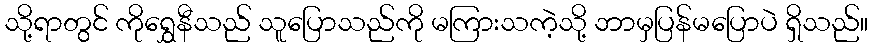
သို့ရာတွင် ကိုရွှေနီသည် သူပြောသည်ကို မကြားသကဲ့သို့ ဘာမှပြန်မပြောပဲ ရှိသည်။